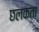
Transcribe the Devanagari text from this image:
छलकता